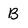
Character: B